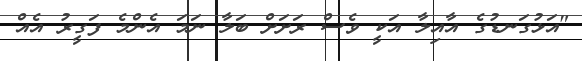
"އަޅުގަނޑުގެ އާއިލާ އަކީ ވެސް ރަށަށް ބަލާ ނަމަ އެންމެ ފަގީރު އެއް